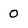
Character: 0